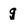
Character: q